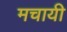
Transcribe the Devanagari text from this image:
मचायी